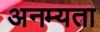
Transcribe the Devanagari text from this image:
अनम्यता